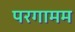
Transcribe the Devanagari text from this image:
परगामम